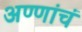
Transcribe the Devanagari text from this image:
अण्णांचं